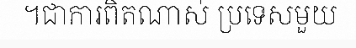
។ជាការពិតណាស់ ប្រទេសមួយ